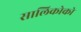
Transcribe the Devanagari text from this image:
सालिकोको